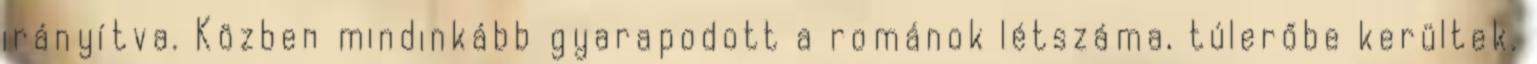
irányítva. Közben mindinkább gyarapodott a románok létszáma, túlerőbe kerültek.